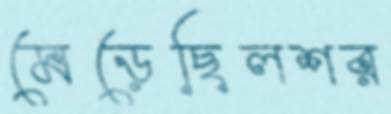
মেড়েছিলশর